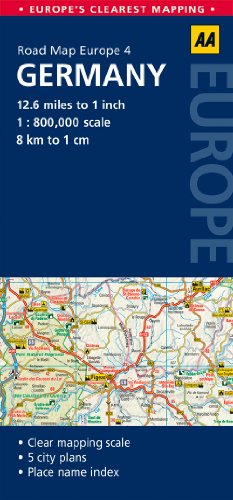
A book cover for Road Map Germany (Road Map Europe); AA Publishing; Travel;